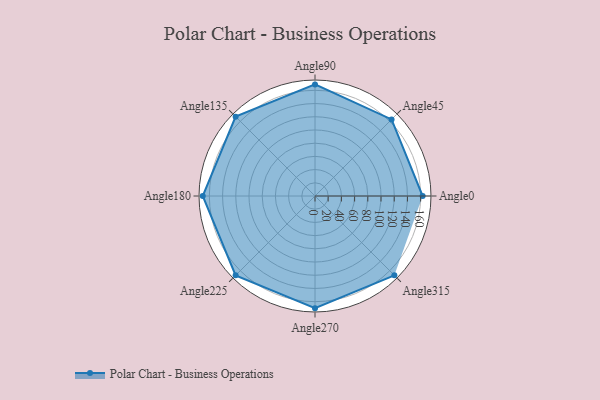
{"axis": {"x": "Angle", "y": "Radius"}, "legend": [""], "data": [{"x": "Angle0", "y": 163.0, "type": ""}, {"x": "Angle45", "y": 164.0, "type": ""}, {"x": "Angle90", "y": 169.0, "type": ""}, {"x": "Angle135", "y": 170, "type": ""}, {"x": "Angle180", "y": 170, "type": ""}, {"x": "Angle225", "y": 170, "type": ""}, {"x": "Angle270", "y": 170, "type": ""}, {"x": "Angle315", "y": 170, "type": ""}]}